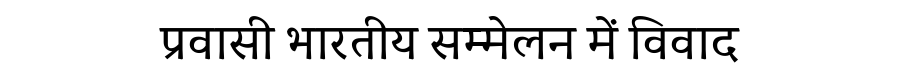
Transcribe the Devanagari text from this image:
प्रवासी भारतीय सम्मेलन में विवाद